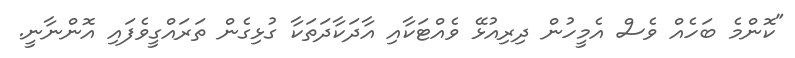
"ކޮންމެ ބަހެއް ވެސް އެމީހުން ދިރިއުޅޭ ވެއްޓަކާއި އާދަކާދަތަކާ ގުޅިގެން ތަރައްގީވެފައި އޮންނާނީ.